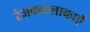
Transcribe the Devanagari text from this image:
रंजकशलाकाएँ